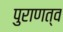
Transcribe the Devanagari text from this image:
पुराणत्व